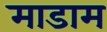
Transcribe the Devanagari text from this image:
माडाम